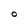
Character: O